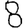
Digit: 8